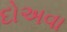
દોઅવા